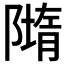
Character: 𨼢